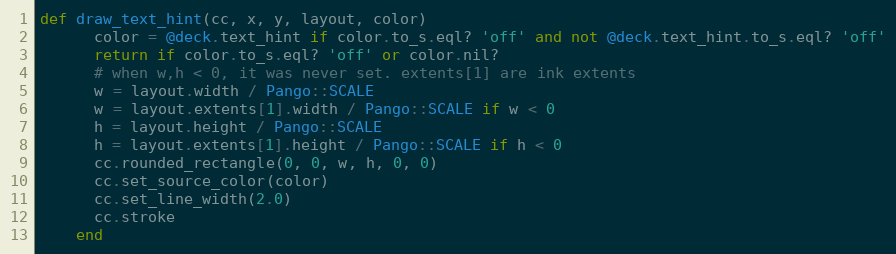
Language: Ruby
def draw_text_hint(cc, x, y, layout, color)
      color = @deck.text_hint if color.to_s.eql? 'off' and not @deck.text_hint.to_s.eql? 'off'
      return if color.to_s.eql? 'off' or color.nil?
      # when w,h < 0, it was never set. extents[1] are ink extents
      w = layout.width / Pango::SCALE
      w = layout.extents[1].width / Pango::SCALE if w < 0
      h = layout.height / Pango::SCALE
      h = layout.extents[1].height / Pango::SCALE if h < 0
      cc.rounded_rectangle(0, 0, w, h, 0, 0)
      cc.set_source_color(color)
      cc.set_line_width(2.0)
      cc.stroke
    end